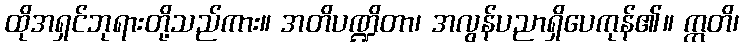
ထိုအရှင်ဘုရားတို့သည်ကား။ အတိပဏ္ဍိတာ၊ အလွန်ပညာရှိပေကုန်၏။ ဣတိ၊